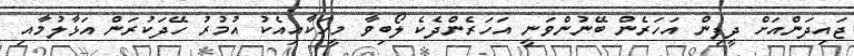
ޖައިދަންއަށް ދީފިން އަހަރެން ބޭނުންވަނީ އަހަރެންދެކެ ލޯބިވާ މީހަކާއިއެކު އުމުރު ހޭދަކުރަން އަޅާލުމާއި